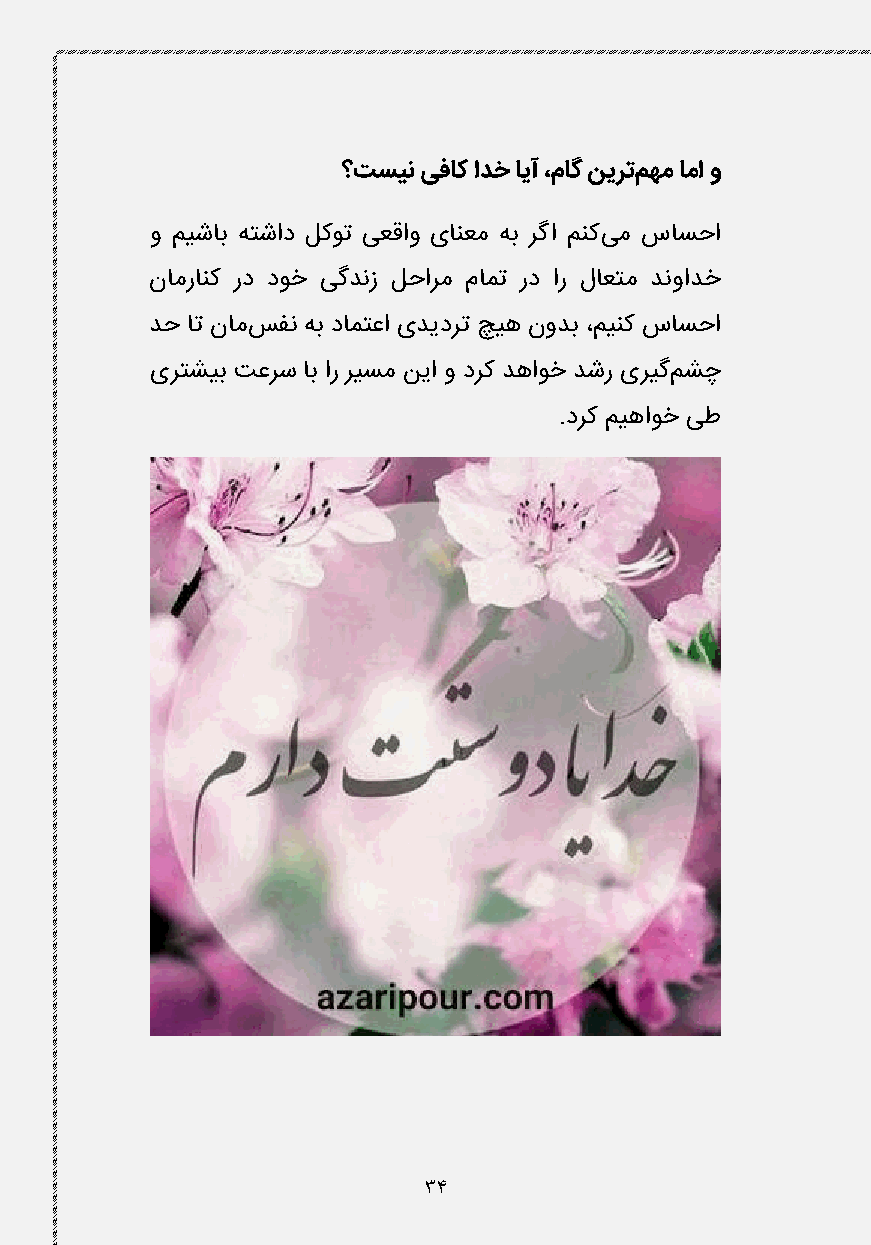
؟تسین یفاک ادخ ایآ ،ماگ نیرتمهم اما و
 و میشاب هتشاد لکوت یعقاو یانعم هب رگا منکیم ساسحا
 نامرانک رد دوخ یگدنز لحارم مامت رد ار لاعتم دنوادخ
 دح ات نامسفن هب دامتعا یدیدرت چیه نودب ،مینک ساسحا
 یرتشیب تعرس اب ار ریسم نیا و درک دهاوخ دشر یریگمشچ
 .درک میهاوخ یط
 34